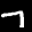
Label: 7